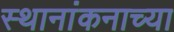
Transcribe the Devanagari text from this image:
स्थानांकनाच्या